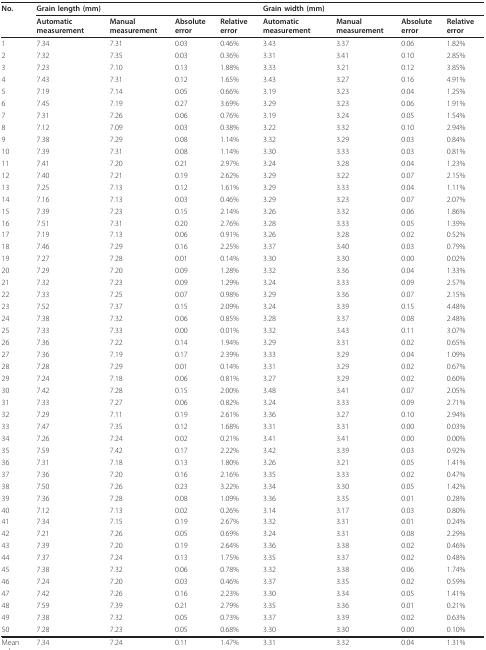
<table><thead><tr><td><b>No.</b></td><td colspan="4"><b>Grain length (mm)</b></td><td colspan="4"><b>Grain width (mm)</b></td></tr><tr><td></td><td><b>Automatic measurement</b></td><td><b>Manual measurement</b></td><td><b>Absolute error</b></td><td><b>Relative error</b></td><td><b>Automatic measurement</b></td><td><b>Manual measurement</b></td><td><b>Absolute error</b></td><td><b>Relative error</b></td></tr></thead><tbody><tr><td>1</td><td>7.34</td><td>7.31</td><td>0.03</td><td>0.46%</td><td>3.43</td><td>3.37</td><td>0.06</td><td>1.82%</td></tr><tr><td>2</td><td>7.32</td><td>7.35</td><td>0.03</td><td>0.36%</td><td>3.31</td><td>3.41</td><td>0.10</td><td>2.85%</td></tr><tr><td>3</td><td>7.23</td><td>7.10</td><td>0.13</td><td>1.88%</td><td>3.33</td><td>3.21</td><td>0.12</td><td>3.85%</td></tr><tr><td>4</td><td>7.43</td><td>7.31</td><td>0.12</td><td>1.65%</td><td>3.43</td><td>3.27</td><td>0.16</td><td>4.91%</td></tr><tr><td>5</td><td>7.19</td><td>7.14</td><td>0.05</td><td>0.66%</td><td>3.19</td><td>3.23</td><td>0.04</td><td>1.25%</td></tr><tr><td>6</td><td>7.45</td><td>7.19</td><td>0.27</td><td>3.69%</td><td>3.29</td><td>3.23</td><td>0.06</td><td>1.91%</td></tr><tr><td>7</td><td>7.31</td><td>7.26</td><td>0.06</td><td>0.76%</td><td>3.19</td><td>3.24</td><td>0.05</td><td>1.54%</td></tr><tr><td>8</td><td>7.12</td><td>7.09</td><td>0.03</td><td>0.38%</td><td>3.22</td><td>3.32</td><td>0.10</td><td>2.94%</td></tr><tr><td>9</td><td>7.38</td><td>7.29</td><td>0.08</td><td>1.14%</td><td>3.32</td><td>3.29</td><td>0.03</td><td>0.84%</td></tr><tr><td>10</td><td>7.39</td><td>7.31</td><td>0.08</td><td>1.14%</td><td>3.30</td><td>3.33</td><td>0.03</td><td>0.81%</td></tr><tr><td>11</td><td>7.41</td><td>7.20</td><td>0.21</td><td>2.97%</td><td>3.24</td><td>3.28</td><td>0.04</td><td>1.23%</td></tr><tr><td>12</td><td>7.40</td><td>7.21</td><td>0.19</td><td>2.62%</td><td>3.29</td><td>3.22</td><td>0.07</td><td>2.15%</td></tr><tr><td>13</td><td>7.25</td><td>7.13</td><td>0.12</td><td>1.61%</td><td>3.29</td><td>3.33</td><td>0.04</td><td>1.11%</td></tr><tr><td>14</td><td>7.16</td><td>7.13</td><td>0.03</td><td>0.46%</td><td>3.29</td><td>3.23</td><td>0.07</td><td>2.07%</td></tr><tr><td>15</td><td>7.39</td><td>7.23</td><td>0.15</td><td>2.14%</td><td>3.26</td><td>3.32</td><td>0.06</td><td>1.86%</td></tr><tr><td>16</td><td>7.51</td><td>7.31</td><td>0.20</td><td>2.76%</td><td>3.28</td><td>3.33</td><td>0.05</td><td>1.39%</td></tr><tr><td>17</td><td>7.19</td><td>7.13</td><td>0.06</td><td>0.91%</td><td>3.26</td><td>3.28</td><td>0.02</td><td>0.52%</td></tr><tr><td>18</td><td>7.46</td><td>7.29</td><td>0.16</td><td>2.25%</td><td>3.37</td><td>3.40</td><td>0.03</td><td>0.79%</td></tr><tr><td>19</td><td>7.27</td><td>7.28</td><td>0.01</td><td>0.14%</td><td>3.30</td><td>3.30</td><td>0.00</td><td>0.02%</td></tr><tr><td>20</td><td>7.29</td><td>7.20</td><td>0.09</td><td>1.28%</td><td>3.32</td><td>3.36</td><td>0.04</td><td>1.33%</td></tr><tr><td>21</td><td>7.32</td><td>7.23</td><td>0.09</td><td>1.29%</td><td>3.24</td><td>3.33</td><td>0.09</td><td>2.57%</td></tr><tr><td>22</td><td>7.33</td><td>7.25</td><td>0.07</td><td>0.98%</td><td>3.29</td><td>3.36</td><td>0.07</td><td>2.15%</td></tr><tr><td>23</td><td>7.52</td><td>7.37</td><td>0.15</td><td>2.09%</td><td>3.24</td><td>3.39</td><td>0.15</td><td>4.48%</td></tr><tr><td>24</td><td>7.38</td><td>7.32</td><td>0.06</td><td>0.85%</td><td>3.28</td><td>3.37</td><td>0.08</td><td>2.48%</td></tr><tr><td>25</td><td>7.33</td><td>7.33</td><td>0.00</td><td>0.01%</td><td>3.32</td><td>3.43</td><td>0.11</td><td>3.07%</td></tr><tr><td>26</td><td>7.36</td><td>7.22</td><td>0.14</td><td>1.94%</td><td>3.29</td><td>3.31</td><td>0.02</td><td>0.65%</td></tr><tr><td>27</td><td>7.36</td><td>7.19</td><td>0.17</td><td>2.39%</td><td>3.33</td><td>3.29</td><td>0.04</td><td>1.09%</td></tr><tr><td>28</td><td>7.28</td><td>7.29</td><td>0.01</td><td>0.14%</td><td>3.31</td><td>3.29</td><td>0.02</td><td>0.67%</td></tr><tr><td>29</td><td>7.24</td><td>7.18</td><td>0.06</td><td>0.81%</td><td>3.27</td><td>3.29</td><td>0.02</td><td>0.60%</td></tr><tr><td>30</td><td>7.42</td><td>7.28</td><td>0.15</td><td>2.00%</td><td>3.48</td><td>3.41</td><td>0.07</td><td>2.05%</td></tr><tr><td>31</td><td>7.33</td><td>7.27</td><td>0.06</td><td>0.82%</td><td>3.24</td><td>3.33</td><td>0.09</td><td>2.71%</td></tr><tr><td>32</td><td>7.29</td><td>7.11</td><td>0.19</td><td>2.61%</td><td>3.36</td><td>3.27</td><td>0.10</td><td>2.94%</td></tr><tr><td>33</td><td>7.47</td><td>7.35</td><td>0.12</td><td>1.68%</td><td>3.31</td><td>3.31</td><td>0.00</td><td>0.03%</td></tr><tr><td>34</td><td>7.26</td><td>7.24</td><td>0.02</td><td>0.21%</td><td>3.41</td><td>3.41</td><td>0.00</td><td>0.00%</td></tr><tr><td>35</td><td>7.59</td><td>7.42</td><td>0.17</td><td>2.22%</td><td>3.42</td><td>3.39</td><td>0.03</td><td>0.92%</td></tr><tr><td>36</td><td>7.31</td><td>7.18</td><td>0.13</td><td>1.80%</td><td>3.26</td><td>3.21</td><td>0.05</td><td>1.41%</td></tr><tr><td>37</td><td>7.36</td><td>7.20</td><td>0.16</td><td>2.16%</td><td>3.35</td><td>3.33</td><td>0.02</td><td>0.47%</td></tr><tr><td>38</td><td>7.50</td><td>7.26</td><td>0.23</td><td>3.22%</td><td>3.34</td><td>3.30</td><td>0.05</td><td>1.42%</td></tr><tr><td>39</td><td>7.36</td><td>7.28</td><td>0.08</td><td>1.09%</td><td>3.36</td><td>3.35</td><td>0.01</td><td>0.28%</td></tr><tr><td>40</td><td>7.12</td><td>7.13</td><td>0.02</td><td>0.26%</td><td>3.14</td><td>3.17</td><td>0.03</td><td>0.80%</td></tr><tr><td>41</td><td>7.34</td><td>7.15</td><td>0.19</td><td>2.67%</td><td>3.32</td><td>3.31</td><td>0.01</td><td>0.24%</td></tr><tr><td>42</td><td>7.21</td><td>7.26</td><td>0.05</td><td>0.69%</td><td>3.24</td><td>3.31</td><td>0.08</td><td>2.29%</td></tr><tr><td>43</td><td>7.39</td><td>7.20</td><td>0.19</td><td>2.64%</td><td>3.36</td><td>3.38</td><td>0.02</td><td>0.46%</td></tr><tr><td>44</td><td>7.37</td><td>7.24</td><td>0.13</td><td>1.75%</td><td>3.35</td><td>3.37</td><td>0.02</td><td>0.48%</td></tr><tr><td>45</td><td>7.38</td><td>7.32</td><td>0.06</td><td>0.78%</td><td>3.32</td><td>3.38</td><td>0.06</td><td>1.74%</td></tr><tr><td>46</td><td>7.24</td><td>7.20</td><td>0.03</td><td>0.46%</td><td>3.37</td><td>3.35</td><td>0.02</td><td>0.59%</td></tr><tr><td>47</td><td>7.42</td><td>7.26</td><td>0.16</td><td>2.23%</td><td>3.30</td><td>3.34</td><td>0.05</td><td>1.41%</td></tr><tr><td>48</td><td>7.59</td><td>7.39</td><td>0.21</td><td>2.79%</td><td>3.35</td><td>3.36</td><td>0.01</td><td>0.21%</td></tr><tr><td>49</td><td>7.38</td><td>7.32</td><td>0.05</td><td>0.73%</td><td>3.37</td><td>3.39</td><td>0.02</td><td>0.63%</td></tr><tr><td>50</td><td>7.28</td><td>7.23</td><td>0.05</td><td>0.68%</td><td>3.30</td><td>3.30</td><td>0.00</td><td>0.10%</td></tr><tr><td>Mean value</td><td>7.34</td><td>7.24</td><td>0.11</td><td>1.47%</td><td>3.31</td><td>3.32</td><td>0.04</td><td>1.31%</td></tr></tbody></table>